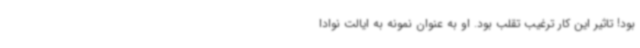
بود! تاثیر این کار ترغیب تقلب بود. او به عنوان نمونه به ایالت نوادا